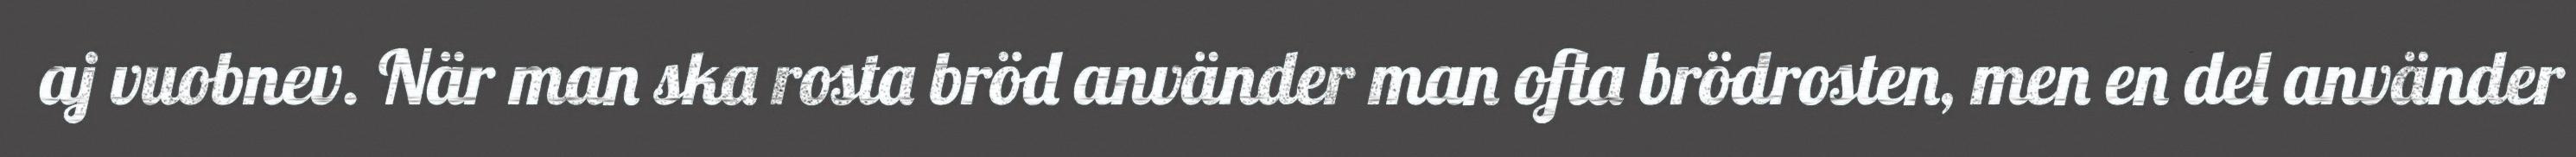
aj vuobnev. När man ska rosta bröd använder man ofta brödrosten, men en del använder